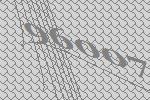
96007